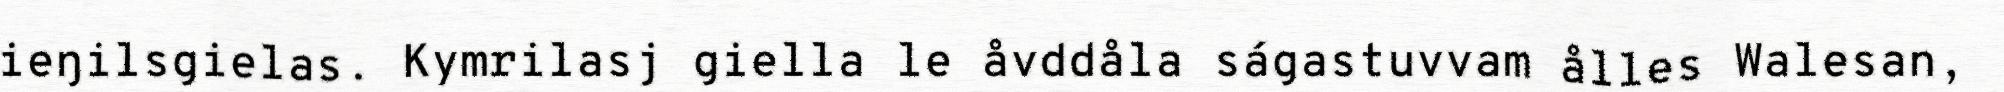
ieŋilsgielas. Kymrilasj giella le åvddåla ságastuvvam ålles Walesan,